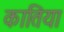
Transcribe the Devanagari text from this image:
कातिया